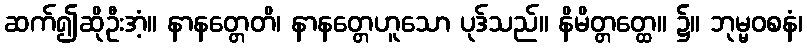
ဆက်၍ဆိုဦးအံ့။ နာနတ္တေတိ၊ နာနတ္တေဟူသော ပုဒ်သည်။ နိမိတ္တတ္ထေ။ ၌။ ဘုမ္မဝစနံ၊